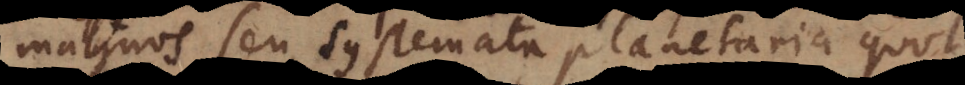
magnos seu systemata planetaria quot